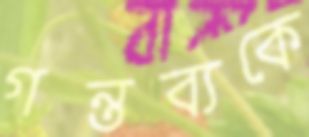
গন্তব্যকে